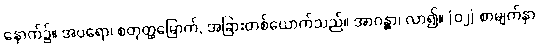
နောက်၌။ အပရော၊ စတုတ္ထမြောက်, အခြားတစ်ယောက်သည်။ အာဂန္တွာ၊ လာ၍။ [၀၂] စာမျက်နှာ